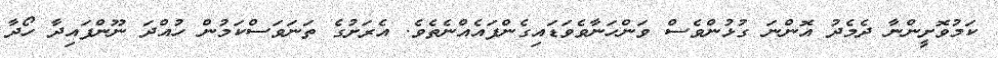
ކަމުވޮށީންނާ ދެމެދު އޮންނަ ގުޅުންވެސް ވަންހަނާވެވަޑައިގެންފައެއްނެތެވެ. އެރަށުގެ ތަނަވަސްކަމުން ހުއްދަ ނޫންފައިދާ ހޯދާ